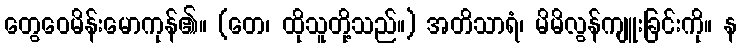
တွေဝေမိန်းမောကုန်၏။ (တေ၊ ထိုသူတို့သည်။) အတိသာရံ၊ မိမိလွန်ကျူးခြင်းကို။ န